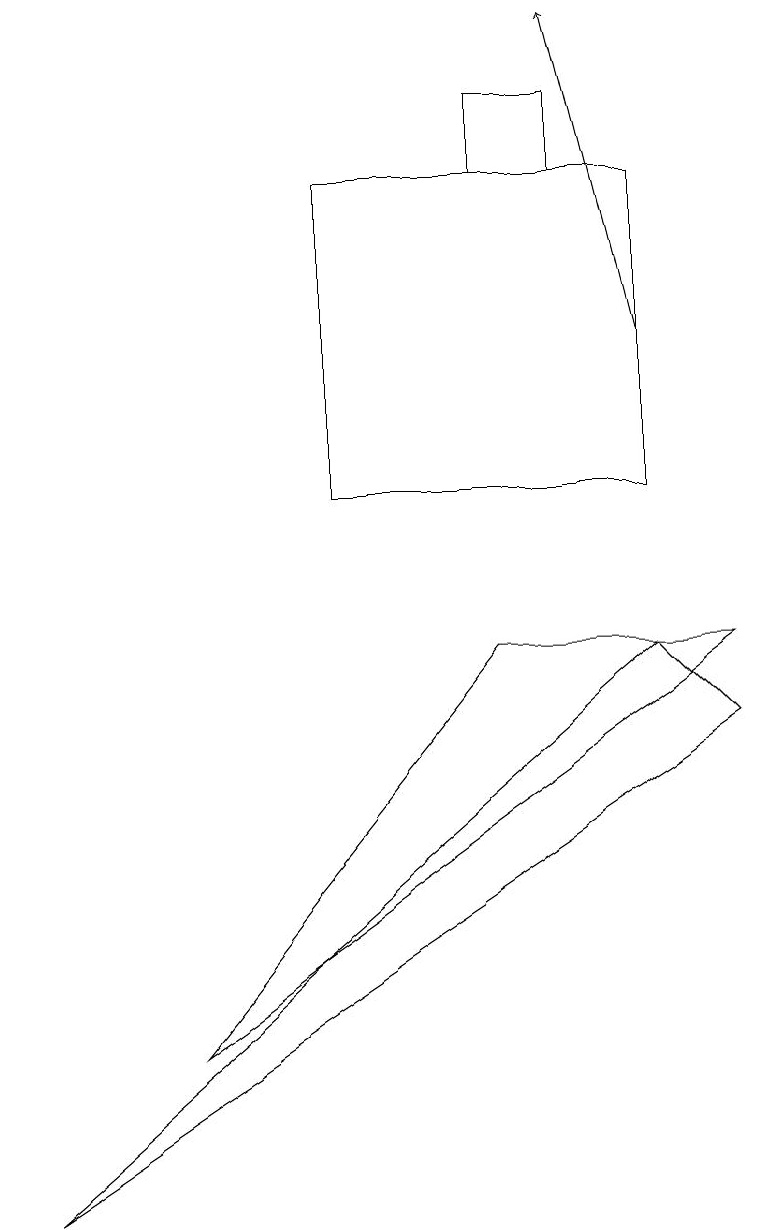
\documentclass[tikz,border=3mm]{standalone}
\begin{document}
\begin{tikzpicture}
\draw (7,16) rectangle (6,15);
\draw (4,15) rectangle (8,11);
\draw (6,9) -- (9,9) -- (2,4) -- cycle;
\draw[->] (8,13) -- (7,17);
\draw (9,8) -- (8,9) -- (0,2) -- cycle;
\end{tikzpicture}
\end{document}